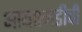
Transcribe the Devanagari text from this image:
आयएमडीची